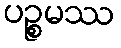
ပဉ္စမဿ